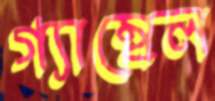
গ্যাম্বেল